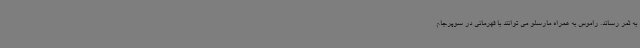
به ثمر رساند. راموس به همراه مارسلو می توانند با قهرمانی در سوپرجام